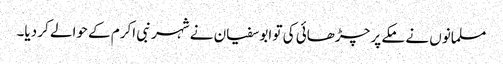
مسلمانوں نے مکے پر چڑھائی کی تو ابوسفیان نے شہر نبی اکرم کے حوالے کر دیا۔